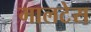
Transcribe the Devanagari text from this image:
मालटेस